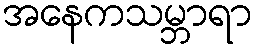
အနေကသမ္ဘာရာ